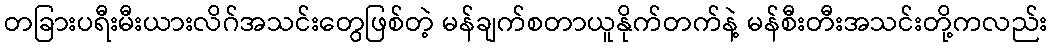
တခြားပရီးမီးယားလိဂ်အသင်းတွေဖြစ်တဲ့ မန်ချက်စတာယူနိုက်တက်နဲ့ မန်စီးတီးအသင်းတို့ကလည်း